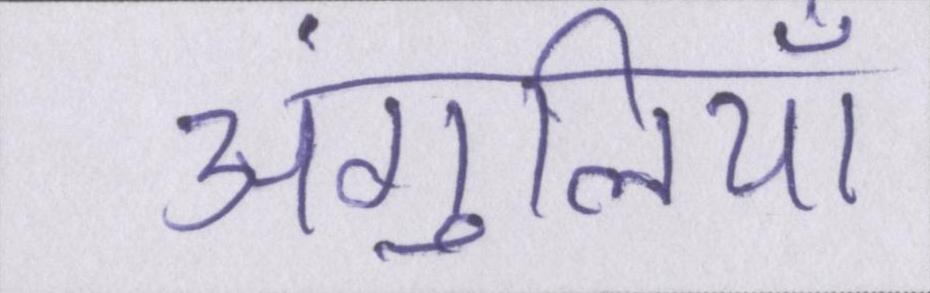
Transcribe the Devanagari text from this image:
अंगुलियाँ